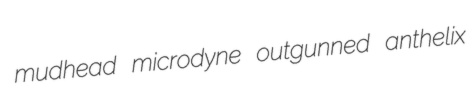
mudhead microdyne outgunned anthelix